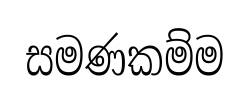
සමණකම්ම